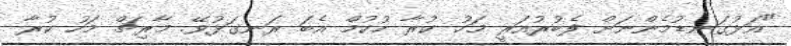
"އަޅުގަނޑުމެންނަށް ފެބުރުއަރީ މަހު ކުރާ ހުކުމް އެބަ ރަނގަޅުވޭ. މާރިޗް މަހު ކުރާ